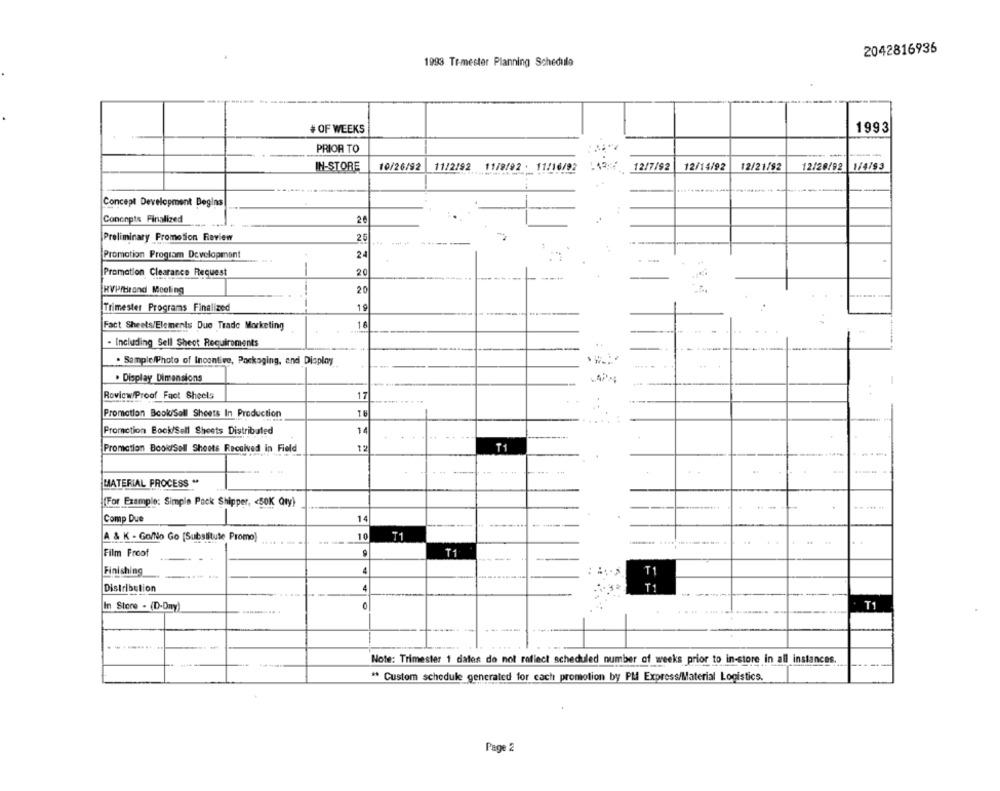
2042816936
1993 Tr-mester Planning Schedule
# OF WEEKS
1993
PRIOR TO
IN-STORE
10/26/92
11/2/92 11/9/92 . 11/16/92
12/7/92
12/14/92
12/21/92
12/26/92
1/4/93
Concept Development Begins
Concepts Finalized
26
Preliminary Promotion Review
25
Promotion Program Development
24
Promotion Clearance Request
20
--
KVPrbrand Meeting
20
Trimester Programs Finalized
19
Fact Sheets/Elements Due Trade Marketing
16
- Including Sell Sheot Requirements
--
. Sample/Photo of Incentive, Packaging, and Display
. Display Dimensions
Rovicw/Proof Fact Sheets
11
Promotion Book/Sell Sheets In Production
Promotion Book/Sell Sheets Distributed
14
Promotion Bookdsoll Shoots Received in Field
T1
MATERIAL PROCESS "
(For Example: Simple Pack Shipper, < 50K Qty)
Comp Due
14
A & K - Go/No Go [Substitute Promo)
10
T1
-
Film Froof
T1
Finishing
4
T1
T1
Distribution
4
In Store - (D-Dny)
0
T1
Note: Trimester 1 dales do not reflect scheduled number of weeks prior to in-store in all instances.
" Custom schedule generated for each promotion by PM Express/Material Logistics.
Page 2